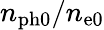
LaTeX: n_{\mathrm{ph0}}/n_{\mathrm{e0}}